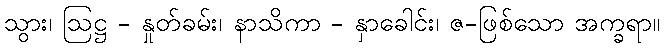
သွား၊ ဩဋ္ဌ - နှုတ်ခမ်း၊ နာသိကာ - နှာခေါင်း၊ ဇ-ဖြစ်သော အက္ခရာ။